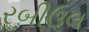
રબીઉલ